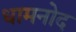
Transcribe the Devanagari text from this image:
धामनोद